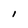
Character: l